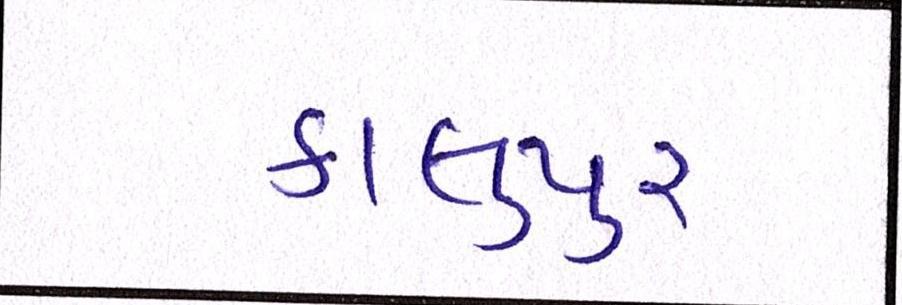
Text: કાલુપુર